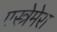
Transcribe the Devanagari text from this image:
एस्त्रेमेरा